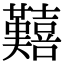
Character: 囏